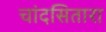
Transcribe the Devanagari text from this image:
चांदसितारा